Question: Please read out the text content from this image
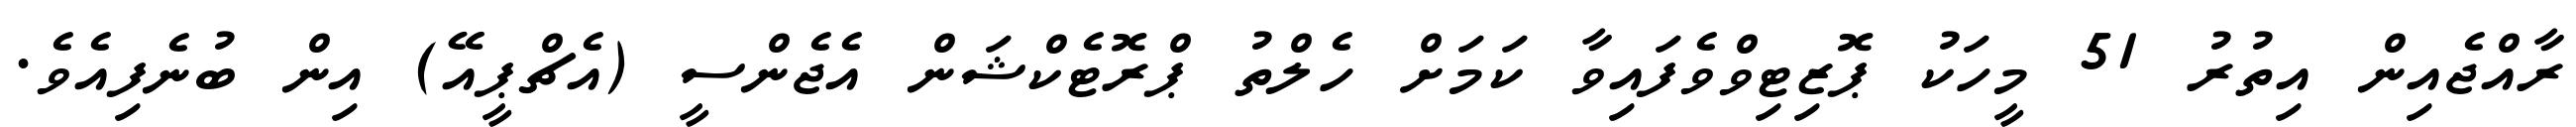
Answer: ރާއްޖެއިން އިތުރު 51 މީހަކު ޕޮޒިޓިވްވެފައިވާ ކަމަށް ހެލްތު ޕްރޮޓެކްޝަން އެޖެންސީ (އެޗްޕީއޭ) އިން ބުނެފިއެވެ.